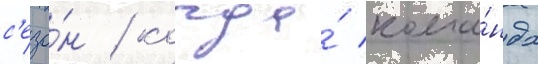
с'езо́н / когда́ кома́нда